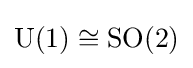
\operatorname {U} (1)\cong \operatorname {SO} (2)